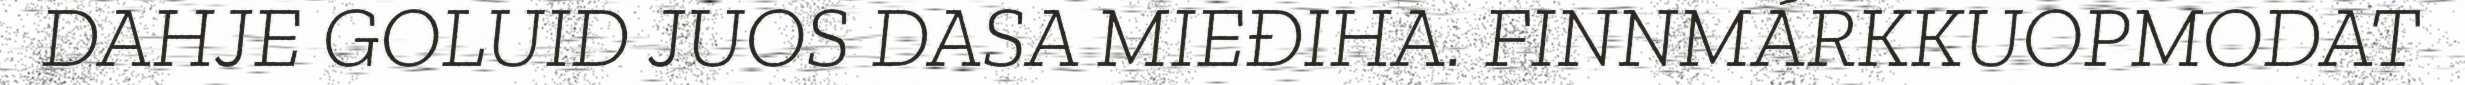
DAHJE GOLUID JUOS DASA MIEĐIHA. FINNMÁRKKUOPMODAT